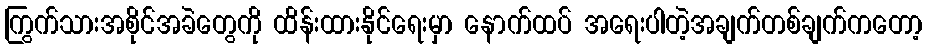
ကြွက်သားအစိုင်အခဲတွေကို ထိန်းထားနိုင်ရေးမှာ နောက်ထပ် အရေးပါတဲ့အချက်တစ်ချက်ကတော့